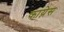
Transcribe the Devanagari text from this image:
काय्नेस